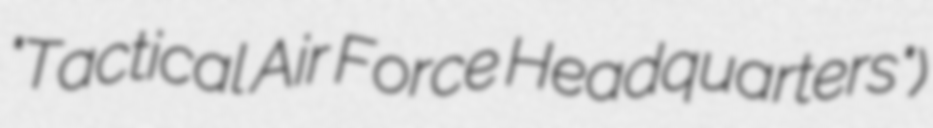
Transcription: "Tactical Air Force Headquarters")